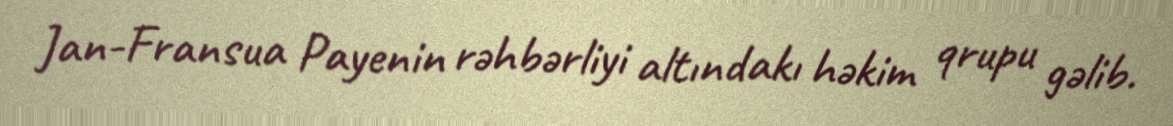
Jan-Fransua Payenin rəhbərliyi altındakı həkim qrupu gəlib.